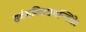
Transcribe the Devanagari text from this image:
सर्वशक्तिसमन्विते।